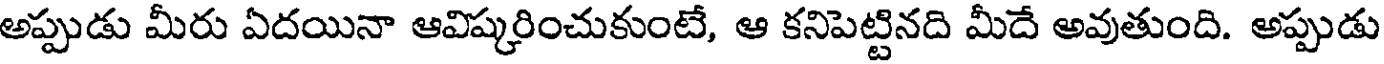
అప్పుడు మీరు ఏదయినా ఆవిష్కరించుకుంటే, ఆ కనిపెట్టినది మీదే అవుతుంది. అప్పుడు